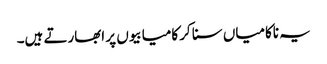
یہ ناکامیاں سنا کر کامیابیوں پر ابھارتے ہیں۔